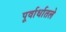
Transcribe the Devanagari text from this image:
पूर्वार्धातले